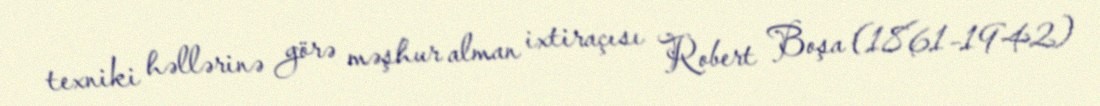
texniki həllərinə görə məşhur alman ixtiraçısı Robert Boşa (1861–1942)